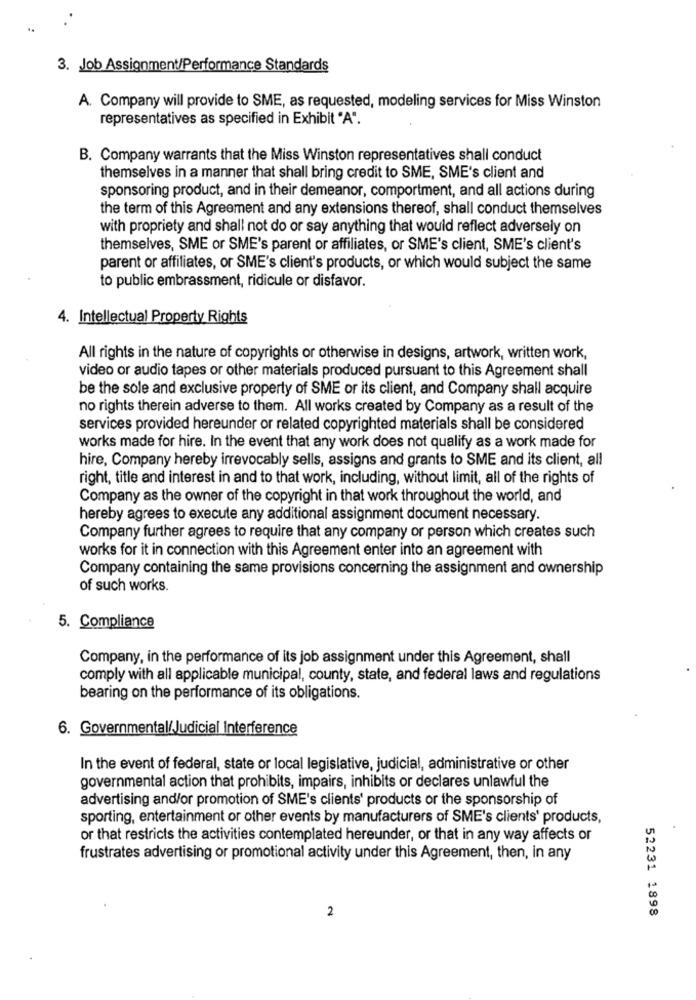
3. Job Assignment/Performance Standards
A. Company will provide to SME, as requested, modeling services for Miss Winston
representatives as specified in Exhibit "A".
B. Company warrants that the Miss Winston representatives shall conduct
themselves in a manner that shall bring credit to SME, SME's client and
sponsoring product, and in their demeanor, comportment, and all actions during
the term of this Agreement and any extensions thereof, shall conduct themselves
with propriety and shall not do or say anything that would reflect adversely on
themselves, SME or SME's parent or affiliates, or SME's client, SME's client's
parent or affiliates, or SME's client's products, or which would subject the same
to public embrassment, ridicule or disfavor.
4. Intellectual Property Rights
All rights in the nature of copyrights or otherwise in designs, artwork, written work,
video or audio tapes or other materials produced pursuant to this Agreement shall
be the sole and exclusive property of SME or its client, and Company shall acquire
no rights therein adverse to them. All works created by Company as a result of the
services provided hereunder or related copyrighted materials shall be considered
works made for hire. In the event that any work does not qualify as a work made for
hire, Company hereby irrevocably sells, assigns and grants to SME and its client, all
right, title and interest in and to that work, including, without limit, all of the rights of
Company as the owner of the copyright in that work throughout the world, and
hereby agrees to execute any additional assignment document necessary.
Company further agrees to require that any company or person which creates such
works for it in connection with this Agreement enter into an agreement with
Company containing the same provisions concerning the assignment and ownership
of such works.
5. Compliance
Company, in the performance of its job assignment under this Agreement, shall
comply with all applicable municipal, county, state, and federal laws and regulations
bearing on the performance of its obligations.
6. Governmental/Judicial Interference
In the event of federal, state or local legislative, judicial, administrative or other
governmental action that prohibits, impairs, inhibits or declares unlawful the
advertising and/or promotion of SME's clients' products or the sponsorship of
sporting, entertainment or other events by manufacturers of SME's clients' products,
or that restricts the activities contemplated hereunder, or that in any way affects or
frustrates advertising or promotional activity under this Agreement, then, in any
2
52231 1898